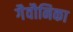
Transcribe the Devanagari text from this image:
गैवौनिका